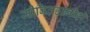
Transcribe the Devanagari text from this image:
जीवितहानीही